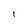
Character: I